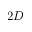
2 D